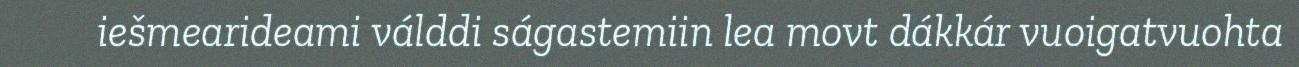
iešmearideami válddi ságastemiin lea movt dákkár vuoigatvuohta